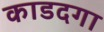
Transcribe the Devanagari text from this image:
काडदगा